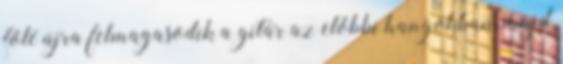
fölé újra felmagasodik a gitár az előbbi hangokban, majd